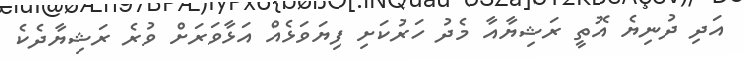
އަދި ދުނިޔެ އޮތީ ރަޝިޔާއާ މެދު ހަރުކަށި ފިޔަވަޅެއް އަޅާވަރަށް ވުރެ ރަޝިޔާދެކެ